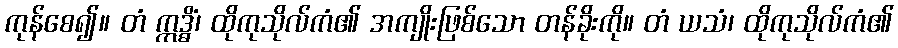
ကုန်စေ၍။ တံ ဣဒ္ဓိံ၊ ထိုကုသိုလ်ကံ၏ အကျိုးဖြစ်သော တန်ခိုးကို။ တံ ယသံ၊ ထိုကုသိုလ်ကံ၏